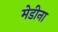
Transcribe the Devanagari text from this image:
मेडीना